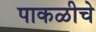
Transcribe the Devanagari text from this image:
पाकळीचे